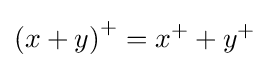
\left(x+y\right)^{+}=x^{+}+y^{+}